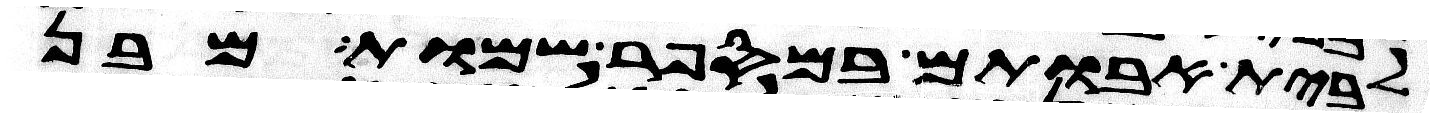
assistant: לבית אבותם במספר שמות מבן